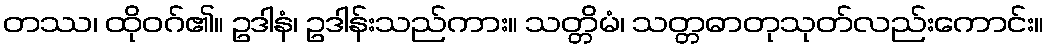
တဿ၊ ထိုဝဂ်၏။ ဥဒါနံ၊ ဥဒါန်းသည်ကား။ သတ္တိမံ၊ သတ္တဓာတုသုတ်လည်းကောင်း။